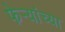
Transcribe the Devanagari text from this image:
फेऱ्यांच्या